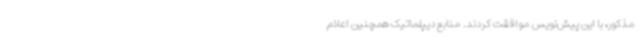
مذکور، با این پیش‌نویس موافقت کردند. منابع دیپلماتیک همچنین اعلام